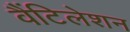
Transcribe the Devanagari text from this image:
वैंटिलेशन